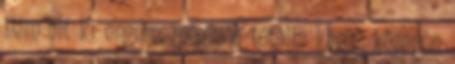
nem olt ki engem, mégis a totális káosz közepén